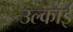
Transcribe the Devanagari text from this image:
उल्काई